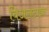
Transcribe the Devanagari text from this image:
बिअलटाइन